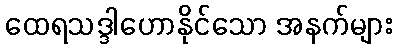
ထေရသဒ္ဒါဟောနိုင်သော အနက်များ